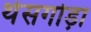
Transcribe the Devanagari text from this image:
थेसगोड़ा